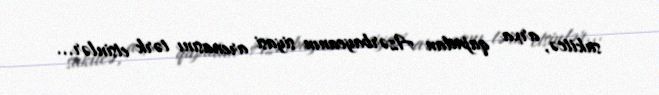
sakitcə, arxa qapıdan Azərbaycanın siyasi arenasını tərk etsinlər...